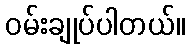
ဝမ်းချုပ်ပါတယ်။